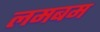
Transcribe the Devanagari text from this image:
लमबम